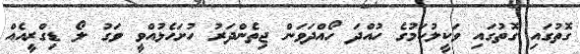
ގޮތުގައި ގޮތުގައި ވަކީލުކަމުގެ ހުއްދަ ހޯއްދަވަން ޖިތެންދަރު ހުށަހެޅުއްވީ ވަގު ލޯ ޑިގްރީއެއް